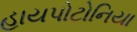
હાયપોટોનિયા